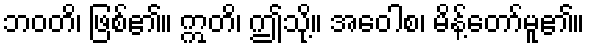
ဘဝတိ၊ ဖြစ်၏။ ဣတိ၊ ဤသို့။ အဝေါစ၊ မိန့်တော်မူ၏။